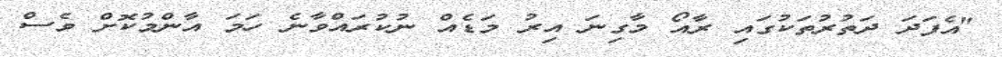
"އެފަދަ ދަތުރުތަކުގައި ރާއޯ މާގިނަ އިރު މަޑެއް ނުކުރައްވާނެ ހަމަ އާންމުކޮށް ވެސް